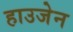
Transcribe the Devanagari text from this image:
हाउजेन